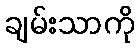
ချမ်းသာကို